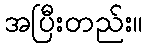
အပြီးတည်း။